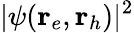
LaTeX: |\psi(\textbf{r}_{e},\textbf{r}_{h})|^{2}